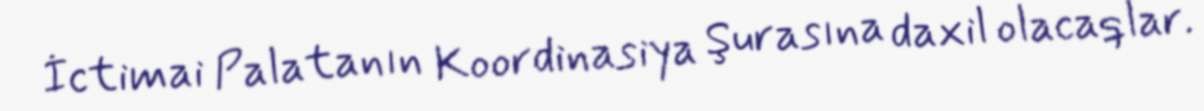
İctimai Palatanın Koordinasiya Şurasına daxil olacaqlar.